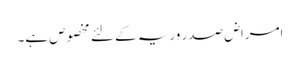
امراض صدر وریہ کے لئے مخصوص ہے۔